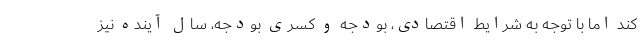
کند اما با توجه به شرایط اقتصادی، بودجه و کسری بودجه، سال آینده نیز